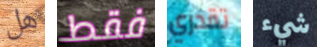
هل فقط تقدري شيء